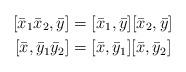
LaTeX: \begin{align*} [\bar x_1\bar x_2, \bar y] &= [\bar x_1, \bar y][\bar x_2, \bar y] \\ [\bar x, \bar y_1 \bar y_2] &= [\bar x, \bar y_1][\bar x, \bar y_2] \end{align*}